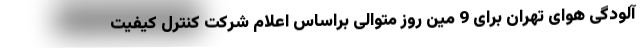
آلودگی هوای تهران برای 9 مین روز متوالی براساس اعلام شرکت کنترل کیفیت